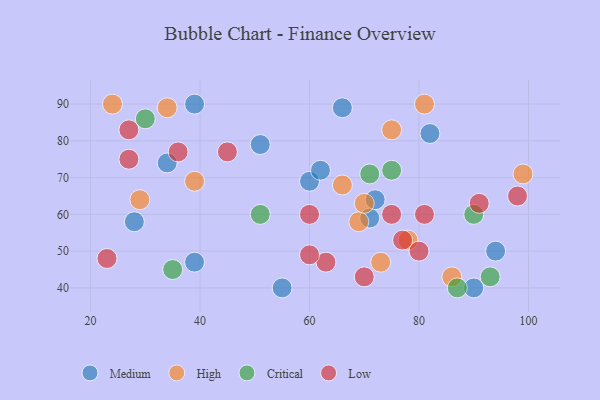
{"axis": {"x": "GDP", "y": "Life Expectancy"}, "legend": ["Critical", "High", "Low", "Medium"], "data": [{"x": "34", "y": 74, "type": "Medium"}, {"x": "60", "y": 69, "type": "Medium"}, {"x": "90", "y": 40, "type": "Medium"}, {"x": "66", "y": 89, "type": "Medium"}, {"x": "39", "y": 47, "type": "Medium"}, {"x": "94", "y": 50, "type": "Medium"}, {"x": "71", "y": 59, "type": "Medium"}, {"x": "82", "y": 82, "type": "Medium"}, {"x": "39", "y": 90, "type": "Medium"}, {"x": "72", "y": 64, "type": "Medium"}, {"x": "62", "y": 72, "type": "Medium"}, {"x": "51", "y": 79, "type": "Medium"}, {"x": "28", "y": 58, "type": "Medium"}, {"x": "55", "y": 40, "type": "Medium"}, {"x": "39", "y": 69, "type": "High"}, {"x": "69", "y": 58, "type": "High"}, {"x": "81", "y": 90, "type": "High"}, {"x": "34", "y": 89, "type": "High"}, {"x": "78", "y": 53, "type": "High"}, {"x": "66", "y": 68, "type": "High"}, {"x": "24", "y": 90, "type": "High"}, {"x": "73", "y": 47, "type": "High"}, {"x": "99", "y": 71, "type": "High"}, {"x": "86", "y": 43, "type": "High"}, {"x": "70", "y": 63, "type": "High"}, {"x": "75", "y": 83, "type": "High"}, {"x": "29", "y": 64, "type": "High"}, {"x": "35", "y": 45, "type": "Critical"}, {"x": "51", "y": 60, "type": "Critical"}, {"x": "93", "y": 43, "type": "Critical"}, {"x": "75", "y": 72, "type": "Critical"}, {"x": "87", "y": 40, "type": "Critical"}, {"x": "90", "y": 60, "type": "Critical"}, {"x": "71", "y": 71, "type": "Critical"}, {"x": "30", "y": 86, "type": "Critical"}, {"x": "81", "y": 60, "type": "Low"}, {"x": "45", "y": 77, "type": "Low"}, {"x": "27", "y": 75, "type": "Low"}, {"x": "80", "y": 50, "type": "Low"}, {"x": "36", "y": 77, "type": "Low"}, {"x": "91", "y": 63, "type": "Low"}, {"x": "27", "y": 83, "type": "Low"}, {"x": "23", "y": 48, "type": "Low"}, {"x": "63", "y": 47, "type": "Low"}, {"x": "60", "y": 49, "type": "Low"}, {"x": "98", "y": 65, "type": "Low"}, {"x": "75", "y": 60, "type": "Low"}, {"x": "60", "y": 60, "type": "Low"}, {"x": "77", "y": 53, "type": "Low"}, {"x": "70", "y": 43, "type": "Low"}]}